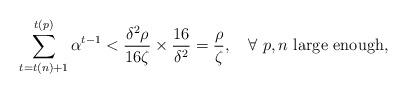
LaTeX: \begin{align*}\sum_{t=t(n)+1}^{t(p)}\alpha^{t-1}< \frac{\delta^2\rho}{16 \zeta}\times\frac{16}{\delta^2}=\frac{\rho}{\zeta},\ \ \mbox{ $\forall \ p,n$ large enough},\end{align*}